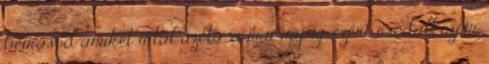
beírásod amiket írtál azóta, a mai napig, ezért csodálkozom.